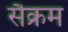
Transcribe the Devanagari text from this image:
सैक्रम